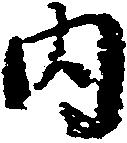
内